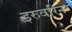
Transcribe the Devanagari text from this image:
इरुवरिन